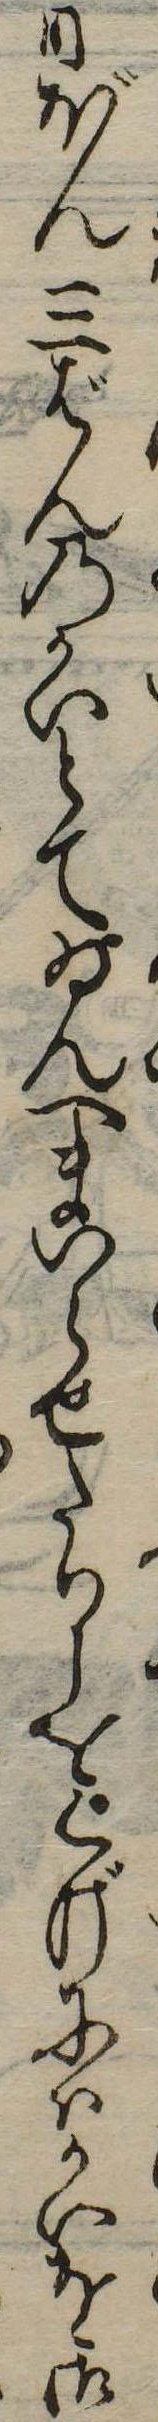
日ぼん三ばんのかいとてゐんへまいらせたりしをくげにいかいを御